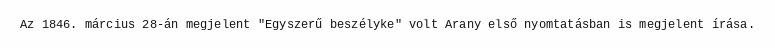
Az 1846. március 28-án megjelent "Egyszerű beszélyke" volt Arany első nyomtatásban is megjelent írása.